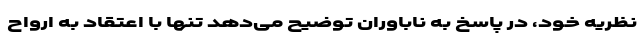
نظریه خود، در پاسخ به ناباوران توضیح می‌دهد تنها با اعتقاد به ارواح